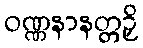
ဝဏ္ဏနာနတ္တဉှိ